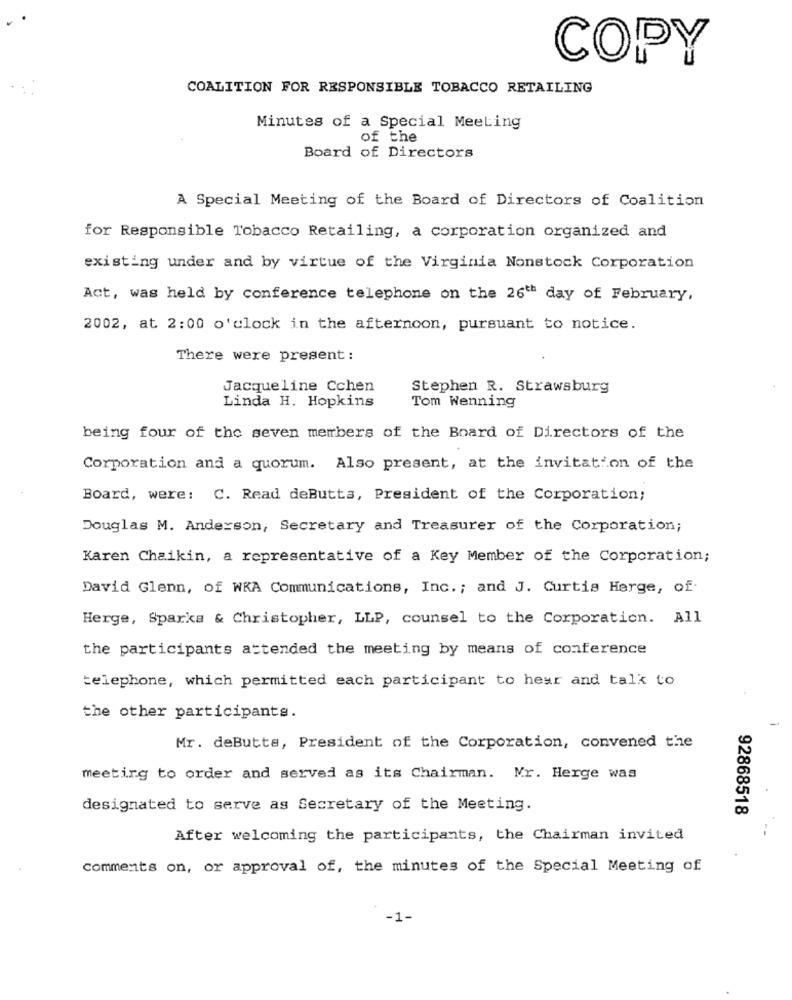
COPY
COALITION FOR RESPONSIBLE TOBACCO RETAILING
Minutes of a Special Meeting
of the
Board of Directors
A Special Meeting of the Board of Directors of Coalition
for Responsible Tobacco Retailing, a corporation organized and
existing under and by virtue of the Virginia Nonstock Corporation
Act, was held by conference telephone on the 26th day of February,
2002, at 2:00 o'clock in the afternoon, pursuant to notice.
There were present :
Jacqueline Cchen
Stephen R. Strawsburg
Tom Wenning
Linda H. Hopkins
being four of the seven members of the Board of Directors of the
Corporation and a quorum. Also present, at the invitation of the
Board, were: C. Read deButta, President of the Corporation;
Douglas M. Anderson, Secretary and Treasurer of the Corporation;
Karen Chaikin, a representative of a Key Member of the Corporation;
David Glenn, of WKA Communications, Inc .; and J. Curtis Herge, of
Herge, Sparka & Christopher, LLP, counsel to the Corporation. All
the participants attended the meeting by means of conference
telephone, which permitted each participant to hear and talk to
the other participants.
Mr. deButta, President of the Corporation, convened the
meeting to order and served as its Chairman. Mr. Herge was
designated to serve as Secretary of the Meeting.
92868518
After welcoming the participants, the Chairman invited
comments on, or approval of, the minutes of the Special Meeting of
-1-